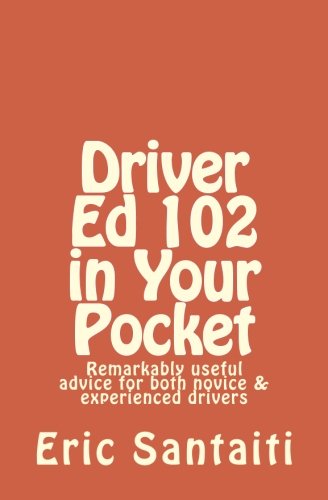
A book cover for Driver Ed 102 in Your Pocket: Remarkably useful advice for both novice & experienced drivers; Eric Santaiti; Test Preparation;